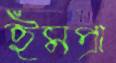
ইমপ্রা